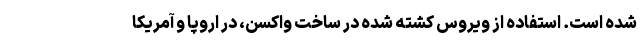
شده است. استفاده از ویروس کشته شده در ساخت واکسن، در اروپا و آمریکا